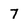
Character: 7